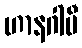
ဟာနဂါမီ